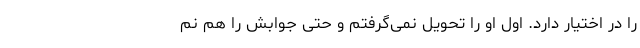
را در اختیار دارد. اول او را تحویل نمی‌گرفتم و حتی جوابش را هم نم